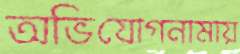
অভিযোগনামায়